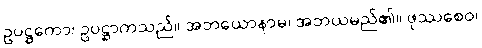
ဥပဋ္ဌကော၊ ဥပဋ္ဌာကသည်။ အဘယောနာမ၊ အဘယမည်၏။ ဖုဿစေဝ၊